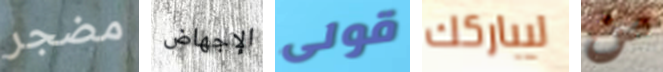
مضجر الإجهاض قولى ليباركك من